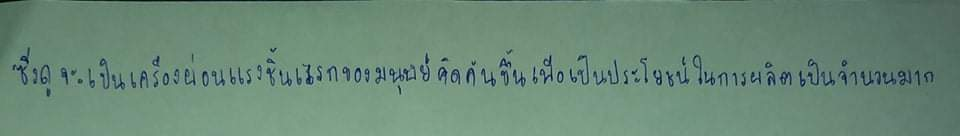
ซึ่งดูจะเป็นเครื่องผ่อนแรงชิ้นแรกที่มนุษย์คิดค้นขึ้นเพื่อเป็นประโยชน์ในการผลิตเป็นจำนวนมาก